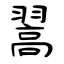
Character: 翯